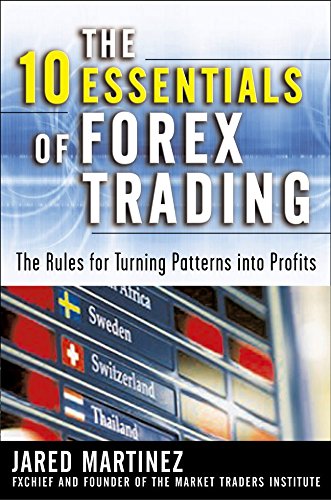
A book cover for The 10 Essentials of Forex Trading: The Rules for Turning Trading Patterns Into Profit; Jared Martinez; Business & Money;